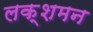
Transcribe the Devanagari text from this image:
लक्शमन